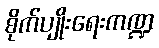
စိုက်ပျိုးရေးကဏ္ဍ